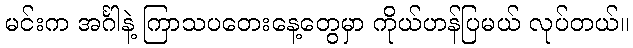
မင်းက အင်္ဂါနဲ့ ကြာသပတေးနေ့တွေမှာ ကိုယ်ဟန်ပြမယ် လုပ်တယ်။